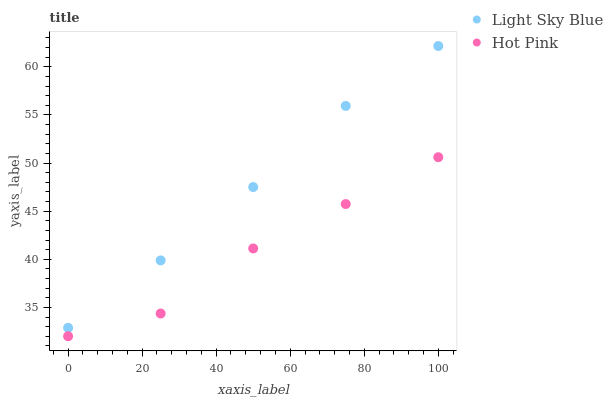
| xaxis_label | Light Sky Blue | Hot Pink |
 | --- | --- | --- |
 | 0 | 32.9 | 32 |
 | 25 | 39.9 | 34.4 |
 | 50 | 47.5 | 41.1 |
 | 75 | 55.9 | 45.7 |
 | 100 | 62.2 | 50.6 |